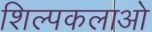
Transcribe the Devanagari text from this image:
शिल्पकलाओ